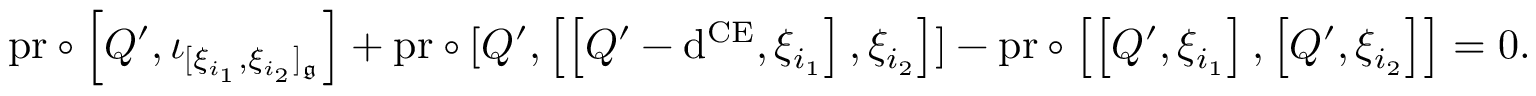
\begin{array} { r l } & { \mathrm { p r } \circ \left[ Q ^ { \prime } , \iota _ { [ \xi _ { i _ { 1 } } , \xi _ { i _ { 2 } } ] _ { \mathfrak { g } } } \right] + \mathrm { p r } \circ [ Q ^ { \prime } , \left[ \left[ Q ^ { \prime } - \mathrm { d } ^ { \mathrm { C E } } , \xi _ { i _ { 1 } } \right] , \xi _ { i _ { 2 } } \right] ] - \mathrm { p r } \circ \left[ \left[ Q ^ { \prime } , \xi _ { i _ { 1 } } \right] , \left[ Q ^ { \prime } , \xi _ { i _ { 2 } } \right] \right] = 0 . } \end{array}